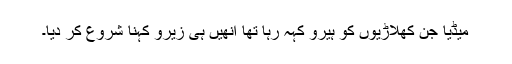
میڈیا جن کھلاڑیوں کو ہیرو کہہ رہا تھا انھیں ہی زیرو کہنا شروع کر دیا۔